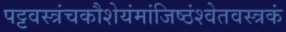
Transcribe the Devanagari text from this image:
पट्टवस्त्रंचकौशेयंमांजिष्ठंश्वेतवस्त्रकं